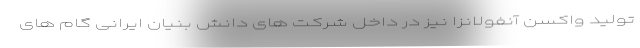
تولید واکسن آنفولانزا نیز در داخل شرکت های دانش بنیان ایرانی گام های